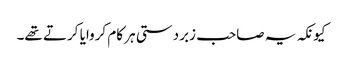
کیونکہ یہ صاحب زبردستی ہر کام کروایا کرتے تھے۔